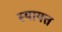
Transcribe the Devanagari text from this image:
स्यायत्त